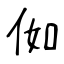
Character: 侞